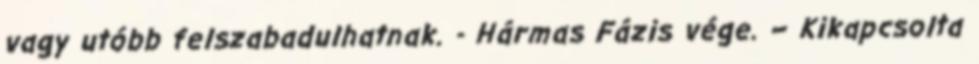
vagy utóbb felszabadulhatnak. - Hármas Fázis vége. – Kikapcsolta